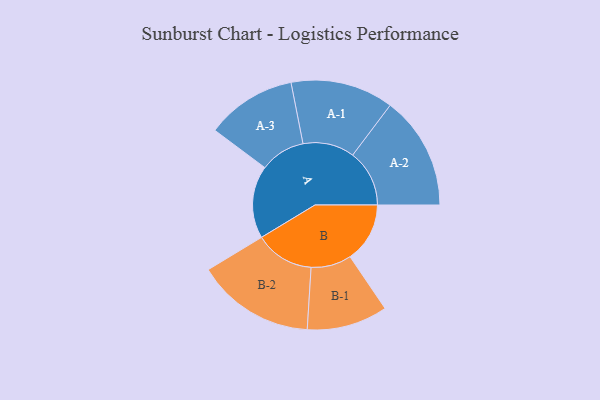
{"axis": {"x": "Segment", "y": "Value"}, "legend": ["", "A", "B"], "data": [{"x": "A", "y": 333, "type": ""}, {"x": "B", "y": 274, "type": ""}, {"x": "A-1", "y": 236, "type": "A"}, {"x": "A-2", "y": 260, "type": "A"}, {"x": "A-3", "y": 207, "type": "A"}, {"x": "B-1", "y": 185, "type": "B"}, {"x": "B-2", "y": 271, "type": "B"}]}